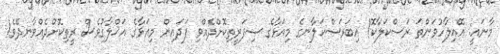
މާނައީ: އޭއިލާހުވަންތަ ރަސްކަލާކޮ! އިބަރަސްކަލާނގެ މިއަޅާގެ ސިފަރީތިކޮށްދެއްވި ފަދައިން މިއަޅާގެ އަޚްލާޤުވެސް ރީތިކޮށްދެއްވާނދޭވެ!